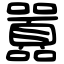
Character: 囂